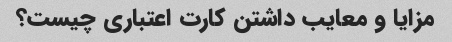
مزایا و معایب داشتن کارت اعتباری چیست؟